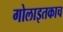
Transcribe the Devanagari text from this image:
गोलाइतकाच